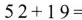
$$52+19=$$